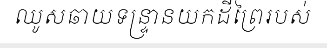
ឈូសឆាយទន្ទ្រានយកដីព្រៃរបស់